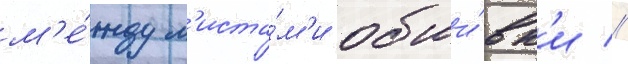
м'е́жду л'иста́м'и обши́вк'и //